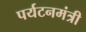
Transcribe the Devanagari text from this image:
पर्यटनमंत्री